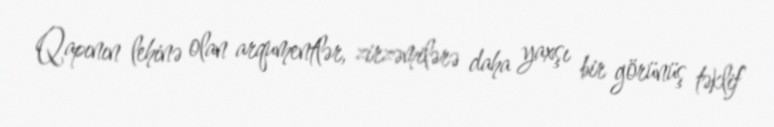
Qapının lehinə olan arqumentlər, zirzəmilərə daha yaxşı bir görünüş təklif